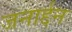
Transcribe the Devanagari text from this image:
जनार्द्दन